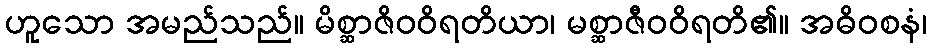
ဟူသော အမည်သည်။ မိစ္ဆာဇိဝဝိရတိယာ၊ မစ္ဆာဇီဝဝိရတိ၏။ အဓိဝစနံ၊